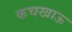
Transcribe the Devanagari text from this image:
कचखाऊ